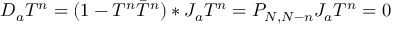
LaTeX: D _ { a } T ^ { n } = ( 1 - T ^ { n } \bar { T } ^ { n } ) * J _ { a } T ^ { n } = P _ { N , N - n } J _ { a } T ^ { n } = 0